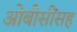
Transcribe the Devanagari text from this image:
ओबीसींसह